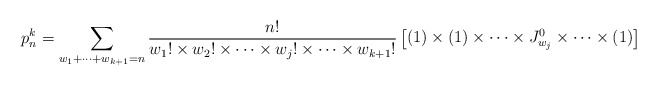
\begin{align*}p^k_n=\sum\limits_{w_{1}+\cdots+w_{k+1}= n}\frac{n!}{w_{1}!\times w_{2}!\times\cdots\times w_{j}!\times\cdots\times w_{k+1}!}\begin{bmatrix}(1)\times(1)\times\cdots \times J^0_{w_{j}}\times\cdots\times (1)\end{bmatrix}\end{align*}